Report of the Hyderabad Chloroform Commission
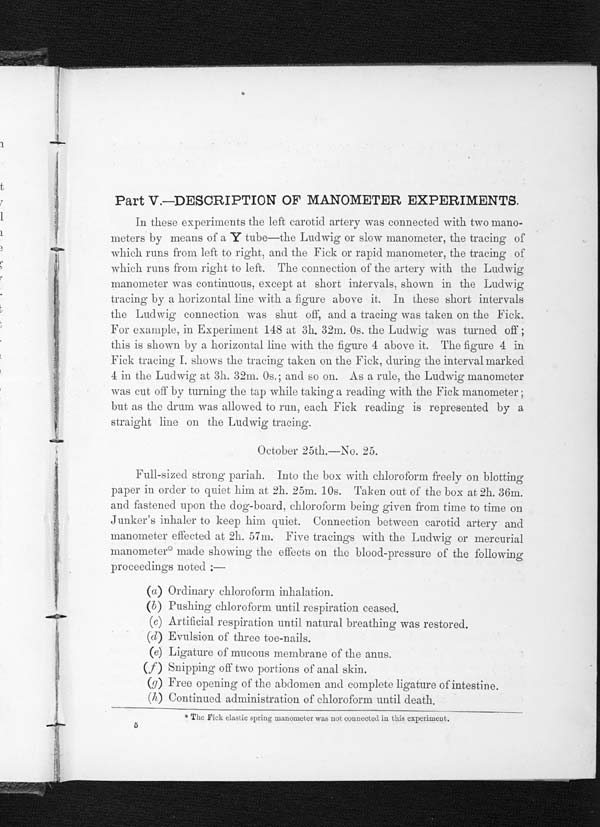
Part V.—DESCRIPTION OF MANOMETER EXPERIMENTS.
I n t h e s e e x p e r i m e n t s t h e l e f t c a r o t i d a r t e r y w a s c o n n e c t e d w i t h t w o m a n o - m e t e r s b y m e a n s o f a
Y t u b e — t h e L u d w i g o r s l o w m a n o m e t e r , t h e t r a c i n g o f
which runs from left to right, and the Fick or rapid manometer, the tracing of
which runs from right to left. The connection of the artery with the Ludwig
manometer was continuous, except at short intervals, shown in the Ludwig
tracing by a horizontal line with a figure above it. In these short intervals
the Ludwig connection was shut off, and a tracing was taken on the Fick.
For example, in Experiment 148 at 3h, 32m. 0s. the Ludwig was turned off ;
this is shown by a horizontal line with the figure 4 above it, The figure 4 in
Fick tracing I. shows the tracing taken on the Fick ; during the interval marked
4 in the Ludwig at 3h. 32m. 0s.; and so on. As a rule, the Ludwig manometer
was cut off by turning the tap while taking a reading with the Fick manometer ,
but as the drum was allowed to run, each Fick reading is represented by a
straight line on the Ludwig tracing.
October 25th.—No. 25.
Full-sized strong pariah. Into the box with chloroform freely on blotting
paper in order to quiet him at 2h. 25m. 10s. Taken out of the box at 2h. 36m.
and fastened upon the dog-board. chloroform being given from tine to time on
Junker’s inhaler to keep him quiet. Connection between carotid artery and
manometer effected at. 2h. 57m. Five tracings with the Ludwig or mercurial
manometer* made showing the effects on the blood-pressure of the following
proceedings noted ;—
(a) Ordinary chloroform inhalation.
( b) Pushing chloroform until respiration ceased.
(c) Artificial respiration until natural breathing was restored.
(d) Evulsion of three toe-nails.
(e) Ligature of mucous membrane of the anus.
(f) Snipping off two portions of anal skin.
(g) Free opening of the abdomen and complete ligature of intestine.
(h) Continued administration of chloroform until death.
*The Fick elastic spring manometer was not connected in this experiment.
5